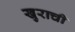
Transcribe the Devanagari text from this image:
खुराची